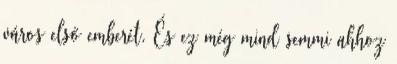
város első emberét. És ez még mind semmi ahhoz